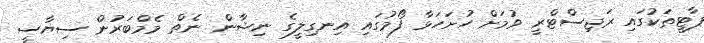
ޕާޓީތަކުގައި ރަޖިސްޓްރީ ވުމަށް ހުށަހަޅާ ފޯމުގައި އިނގިލީގެ ނިޝާން ނެތް މެމްބަރުން ސިޔާސީ